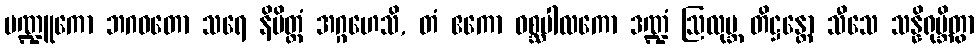
မဏ္ဍူကော ဘဂဝတော သရေ နိမိတ္တံ အဂ္ဂဟေသိ, တံ ဧကော ဝစ္ဆပါလကော ဒဏ္ဍံ ဩလုဗ္ဘ တိဋ္ဌန္တော သီသေ သန္နိရုမ္ဘိတွာ